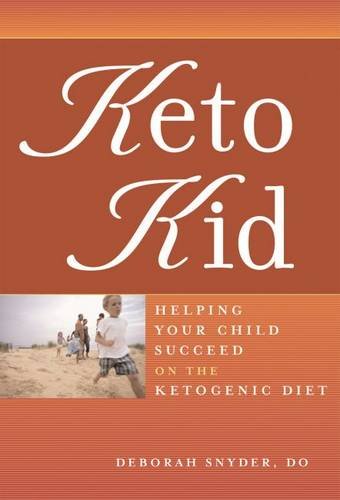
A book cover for Keto Kid; Deborah Ann Snyder DO; Health, Fitness & Dieting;